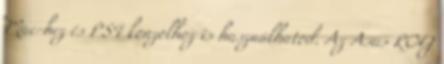
Mac-hez és PS4 konzolhoz is használhatod. Az Asus ROG